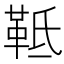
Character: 䩚